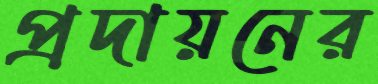
প্রদায়নের